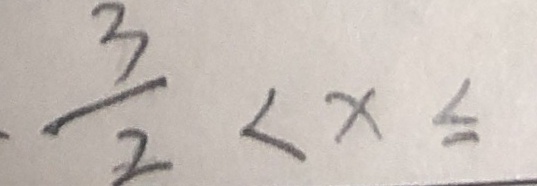
\frac { 3 } { 2 } < x \leq